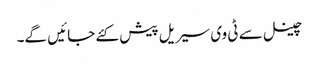
چینل سے ٹی وی سیریل پیش کئے جائیں گے۔